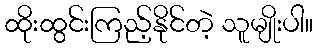
ထိုးထွင်းကြည့်နိုင်တဲ့ သူမျိုးပါ။